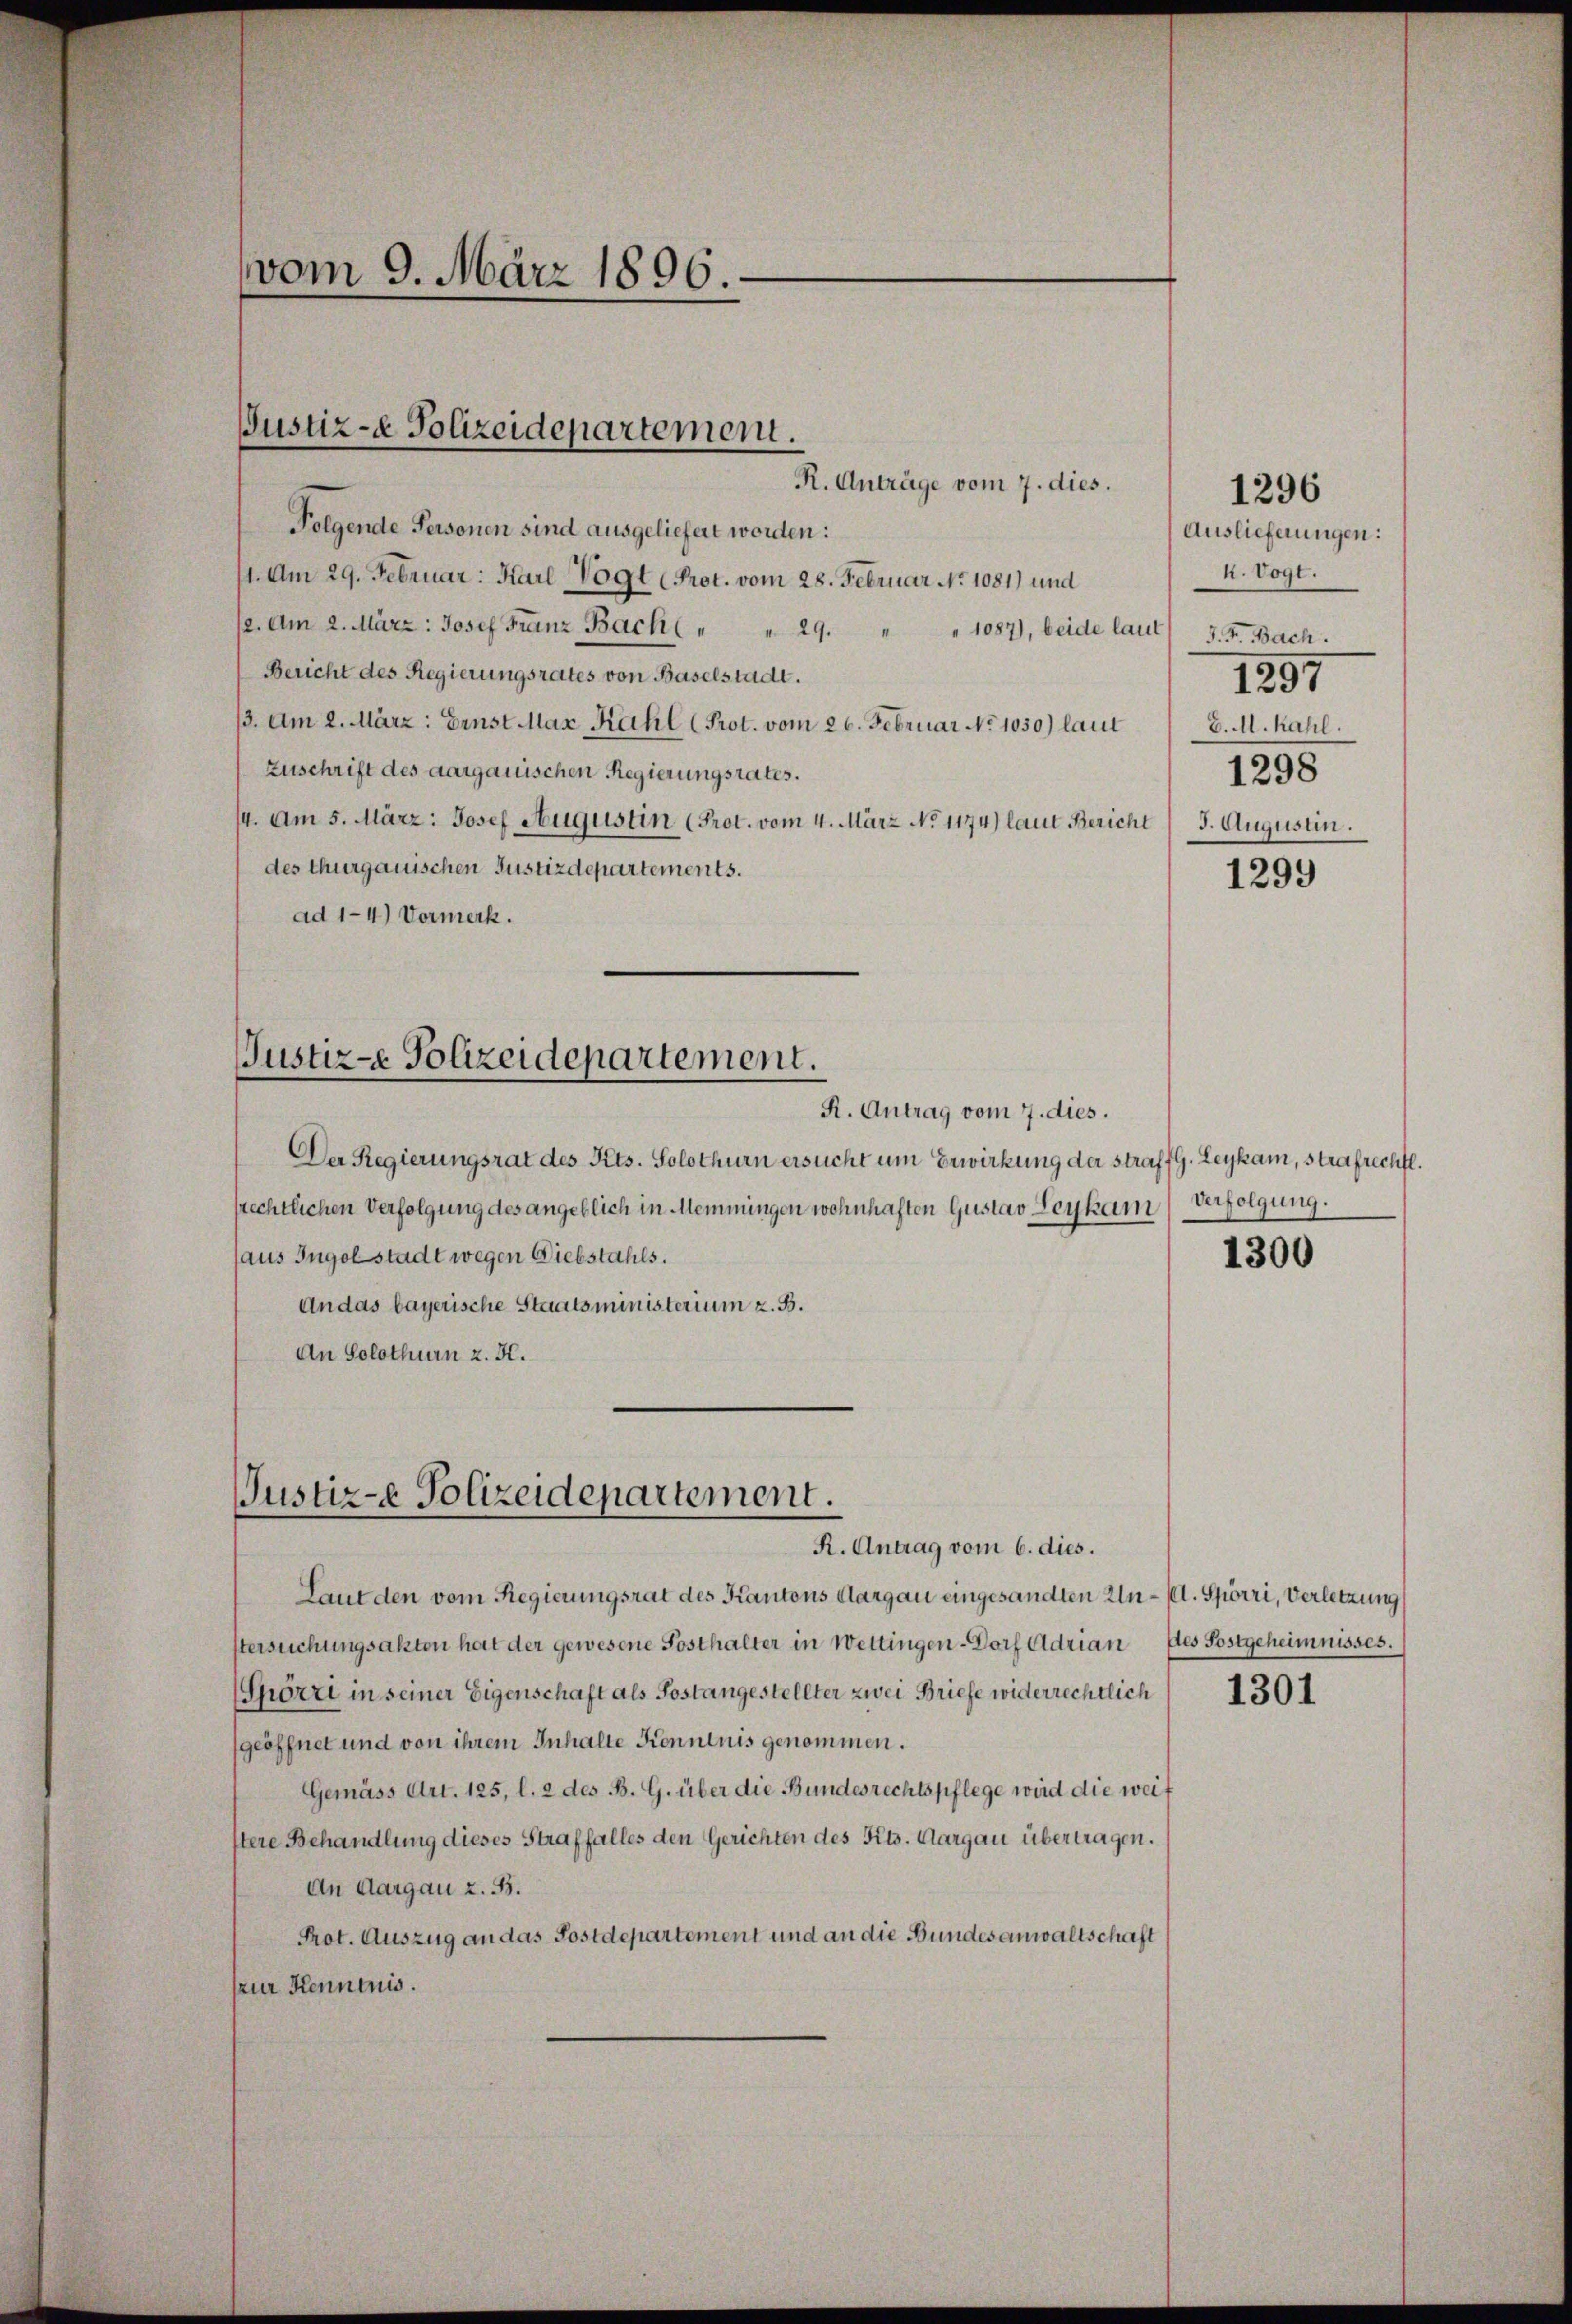
vom 9. März 1896.

Folgende Personen sind ausgeliefert worden:
11. Am 29. Februar: Karl Vogt Prot. vom 28. Februar No 1081) und
12. Am 2. März: Josef Franz Bach ( " " 29. " " 1087), beide laut 3. F. Bach
Bericht des Regierungsrates von Baselstadt.
3. Am 2. März: Ernst Max Kahl (Prot. vom 26. Februar No 1050.) laut
Zuschrift des aargauischen Regierungsrates.
14. Am 5. März: Josef Augustin (Prot. vom 4. März No 1174) laut Bericht
des thurgauischen Justizdepartements.
ad 1-4.) Vormerk.

Justiz- & Polizeidepartement.
R. Anträge vom 7. dies.

Justiz-e Polizeidepartement.

R. Antrag vom 7. dies.
Der Regierungsrat des Kts. Solothurn ersucht um Erwirkung der straff G. Leykam, strafrechtl.
srechtlichen Verfolgung des angeblich in Meinungen wohnhaften Gustav Leykam
aus Ingolstadt wegen Diebstahls.
An das bayerische Staatsministerium z. B.
An Solothurn z. H.

Justiz-e Polizeidepartement.
R. Antrag vom 6. dies.

1296
Auslieferungen:
k. Vogt.
1297
D. M. kahl.
1298
3. Augustin.

Laut den vom Regierungsrat des Kantons Aargau eingesandten In- fl. Spörri, Verletzung
stersuchungsakten hat der gewesene Posthalter in Wettingen Dorf Adrian des Postgeheimnisses.
(Spörri in seiner Eigenschaft als Postangestellter zwei Briefe widerrechtlich
geöffnet und von ihrem Inhalte Kenntnis genommen.
Gemäss Art. 125, l. 2 des B. G. über die Bundesrechtspflege wird die weit
stere Behandlung dieses Straffalles den Gerichten des Kts. Aargau übertragen.
An Aargau z. B.
Prot. Auszug an das Postdepartement und an die Bundesanwaltschaft
(zur Kenntnis.

1299

Verfolgung.

1300

1301